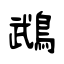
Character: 鵡